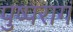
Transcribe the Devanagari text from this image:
पुष्परागं